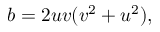
b = 2 u v ( v ^ { 2 } + u ^ { 2 } ) ,